Annual administration and progress report of the Indian Medical Department, Bombay
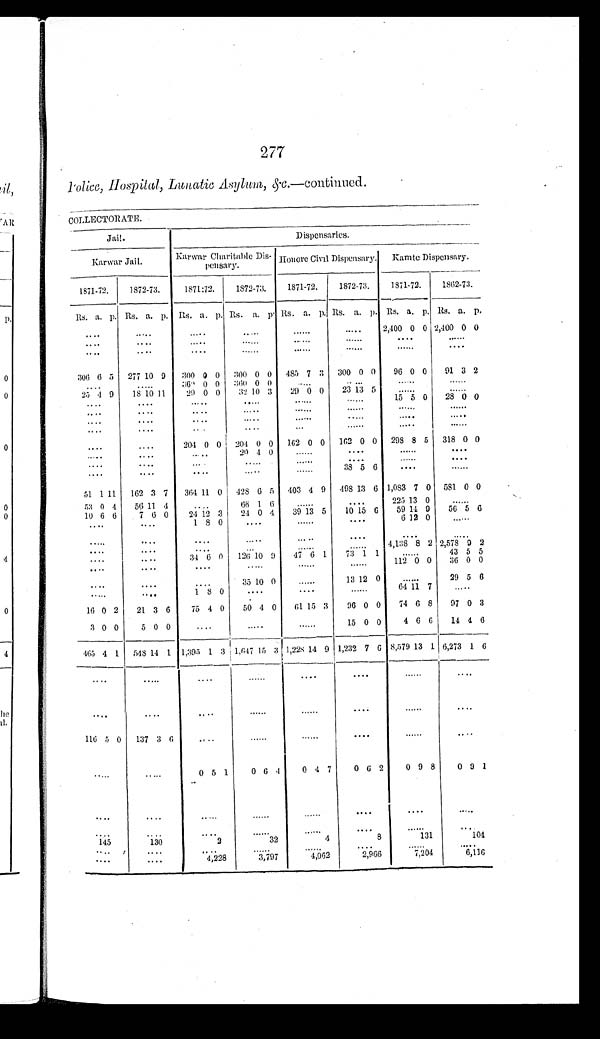
277
Police, Hospital, Lunatic Asylum, & c . —c ont i nue d.
COLLECTORATE.
J a i l .
Dispensaries.
Karwar Jail.
Karwar Charitable Dis-
pensary.
Honore Civil Dispensary.
Kamte Dispensary.
1871-72.
1872-73.
1871:72.
1872-73.
1871-72.
1872-73.
1871-72.
1862-73.
Rs. a. p. Rs. a. p. Rs. a. p. Rs. a. p. Rs. a. p. Rs. a. p. Rs. a. p. Rs. a. p.
. . . . .
. . . . .
. . . . .
. . . . .
. . . . .
. . . . .
2,400 0 0 2,400 0 0
. . . . .
. . . . .
. . . . .
. . . . .
. . . . .
. . . . .
. . . . .
. . . . .
. . . . .
. . . . .
. . . . .
. . . . .
. . . . .
. . . . .
. . . . .
. . . . .
306 6 5 277 10 9 300 0 0 300 0 0 485 7 3 300 0 0 96 0 0 91 3 2
. . . . .
. . . . .
3 6 0 0 0
3 6 0 0 0
. . . . .
. . . . .
. . . . .
. . . . .
2 5 4 9
1 8 1 0
11
29 0 0
32 10 3 29 0 0
23 1 3 5
. . . . .
. . . . .
. . . . .
. . . . .
. . . . .
. . . . .
. . . . .
. . . . .
15 5 0
2 8 0 0
. . . . .
. . . . .
. . . . .
. . . . .
. . . . .
. . . . .
. . . . .
. . . . .
. . . . .
. . . . .
. . . . .
. . . . .
. . . . .
. . . . .
. . . . .
. . . . .
. . . . .
. . . . .
. . . . .
. . . . .
. . . . .
. . . . .
. . . . .
. . . . .
. . . . .
. . . . .
204 0 0 204 0 0 162 0 0 162 0 0 298 8 5 318 0 0
. . . . .
. . . . .
. . . . .
2 0 4 0
. . . . .
. . . . .
. . . . .
. . . . .
. . . . .
. . . . .
. . . . .
. . . . .
. . . . .
. . . . .
. . . . .
. . . . .
. . . . .
. . . . .
. . . . .
. . . . .
. . . . .
38 5 6
. . . . .
. . . . .
51 1 11 162 3 7 364 11 0
4 2 8 6 5 403 4 9 498 13 6 1,083 7 0 581 0 0
53 0 4
56 11 4
. . . . .
66 1 6
. . . . .
. . . . .
225 13 0
. . . .
10 6 6
7 6 0
2 4 1 2 3
2 4 0 4
39 13 5
1 0 1 5 6 59 1 4 9
5 6 5 6
. . . . .
. . . . .
1 8 0
. . . . .
. . . . .
. . . . .
6 12 0
. . . . .
. . . . .
. . . . .
. . . . .
. . . . .
. . . . .
. . . . .
. . . . .
. . . . .
. . . . .
. . . . .
. . . . .
. . . . .
. . . . .
. . . . .
4,138 8 2 2,578 9 2
. . . . .
. . . . .
3 4 6 0 126 10 9
4 7 6 1
73 1 1
. . . . .
43 5 5
. . . . .
. . . . .
. . . . .
. . . . .
. . . . .
. . . . .
112 0 0 36 0 0
. . . . .
. . . . .
. . . . . .
35 10 0
. . . . .
13 12 0
. . . . .
29 5 6
. . . .
. . . . .
1 8 0
. . . . .
. . . . .
. . . . .
64 1 1 7
. . . . .
16 0 2
21 3 6
75 4 0
50 4 0 61 15 3
96 0 0
74 6 8
97 0 3
3 0 0
5 0 0
. . . . .
. . . . .
. . . . .
15 0 0
4 6 6
14 4 6
465 4 1 548 14 1 1,395 1 3 1,647 1 5 3
1 , 2 2 8 14 9 1,232 7 6 8,579 13 1 6,273 1 6
. . . . .
. . . . .
. . . . .
. . . . .
. . . . .
. . . . .
. . . . .
. . . . .
. . . . .
. . . . .
. . . . .
. . . . .
. . . . .
. . . . .
. . . . .
. . . .
116 5 0 137 3 6
. . . . .
. . . . .
. . . . .
. . . . .
. . . . .
. . . . .
. . . . .
. . . . .
0 5
1
0 6 4
0 4 7
0 6 2
0 9 8
0 9 1
. . . . .
. . . . .
. . . . .
. . . . .
. . . . .
. . . . .
. . . . .
. . . . .
. . . . .
. . . . .
. . . . .
. . . . .
. . . . . .
. . . . . .
. . . . .
. . . . .
145
130
2
3 2
4
8
1 3 1
104
. . . . .
. . . . .
. . . . .
. . . . .
. . . . .
. . . . .
. . . . .
. . . . .
. . . . .
. . . . .
. . . . . 4,228
3,797
4,062
2,966
7,204
6,116